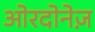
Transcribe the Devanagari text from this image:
ओरदोनेज़